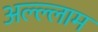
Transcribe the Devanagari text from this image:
अल्ल्लाम